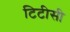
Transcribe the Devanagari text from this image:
टिटीसी